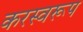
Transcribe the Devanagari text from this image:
करस्वरूप